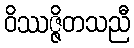
ဝိဿဇ္ဇိတသညီ